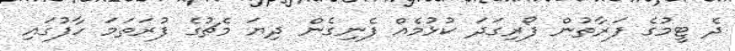
ދެ ޓީމުގެ ފަރާތުން ފޯރިގަދަ ކުޅުމެއް ފެނިގެން ދިޔަ މެޗުގެ ފުރަތަމަ ހާފުގައި